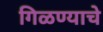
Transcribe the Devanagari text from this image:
गिळण्याचे